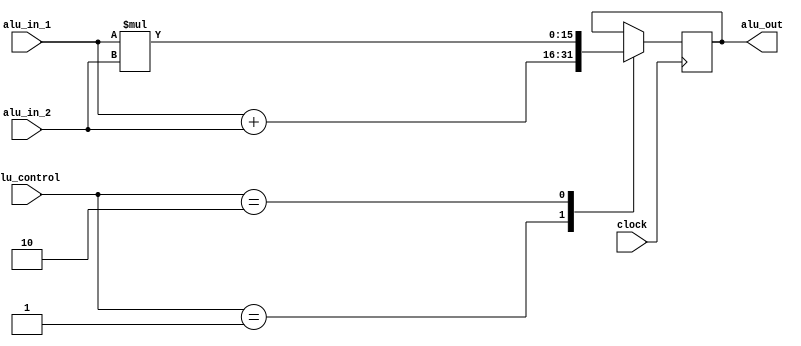
module ALU(clock, alu_control, alu_in_1,alu_in_2, alu_out);

	input clock;
	input[15:0] alu_in_1,alu_in_2;
	input[1:0] alu_control;
	output reg[15:0] alu_out;
	
	always @(posedge clock)
	begin
	
	case(alu_control)
	
	2'd1: alu_out <= alu_in_1 + alu_in_2;
	2'd2: alu_out <= alu_in_1 * alu_in_2;
	
	endcase
	
	end 
	endmodule